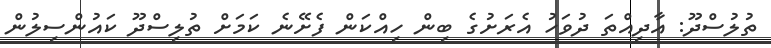
ތުލުސްދޫ: އާދިއްތަ ދުވަހު އެރަށުގެ ބިން ހިއްކަން ފެށޭނެ ކަމަށް ތުލިސްދޫ ކައުންސިލުން